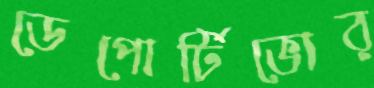
ডেপোর্টিভোর